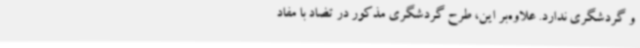
و گردشگری ندارد. علاوه‌بر این، طرح گردشگری مذکور در تضاد با مفاد